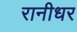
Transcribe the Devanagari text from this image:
रानीधर